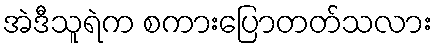
အဲဒီသူရဲက စကားပြောတတ်သလား